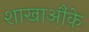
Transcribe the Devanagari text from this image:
शाखाऔंके